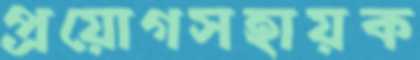
প্রয়োগসহায়ক